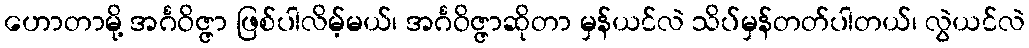
ဟောတာမို့ အင်္ဂဝိဇ္ဇာ ဖြစ်ပါလိမ့်မယ်၊ အင်္ဂဝိဇ္ဇာဆိုတာ မှန်ယင်လဲ သိပ်မှန်တတ်ပါတယ်၊ လွဲယင်လဲ